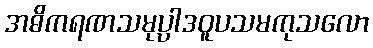
အဓိကရဏသမုပ္ပါဒဝူပသမကုသလော